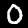
Label: 0